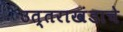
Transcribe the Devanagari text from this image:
उत्तराखंडाचे